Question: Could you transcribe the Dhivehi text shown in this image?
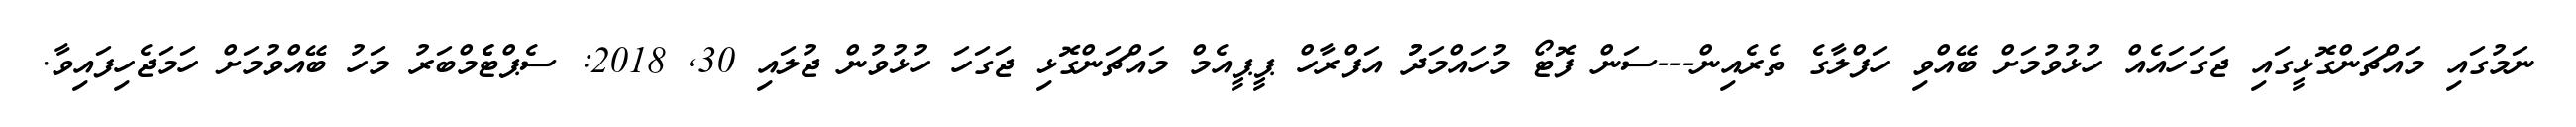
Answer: ނަމުގައި މައްޗަންގޮޅީގައި ޖަގަހައެއް ހުޅުވުމަށް ބޭއްވި ހަފްލާގެ ތެރެއިން---ސަން ފޮޓޯ މުހައްމަދުު އަފްރާހް ޕީޕީއެމް މައްޗަންގޮޅި ޖަގަހަ ހުޅުވުން ޖުލައި 30, 2018: ސެޕްޓެެމްބަރު މަހު ބޭއްވުމަށް ހަމަޖެހިފައިވާ.